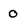
Character: o